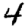
Digit: 4